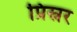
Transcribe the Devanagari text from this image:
प्रिस्नर